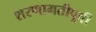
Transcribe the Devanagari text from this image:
शरणागतीपूर्वी